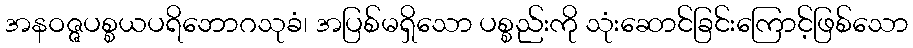
အနဝဇ္ဇပစ္စယပရိဘောဂသုခံ၊ အပြစ်မရှိသော ပစ္စည်းကို သုံးဆောင်ခြင်းကြောင့်ဖြစ်သော